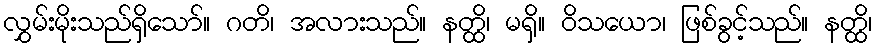
လွှမ်းမိုးသည်ရှိသော်။ ဂတိ၊ အလားသည်။ နတ္ထိ၊ မရှိ။ ဝိသယော၊ ဖြစ်ခွင့်သည်။ နတ္ထိ၊